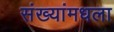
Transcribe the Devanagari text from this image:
संख्यांमधला